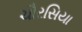
ચૌરસિયા